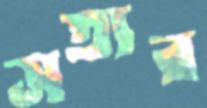
সত্যর